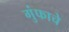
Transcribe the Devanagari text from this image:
गुंफाचे